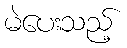
မဲပေးသည့်